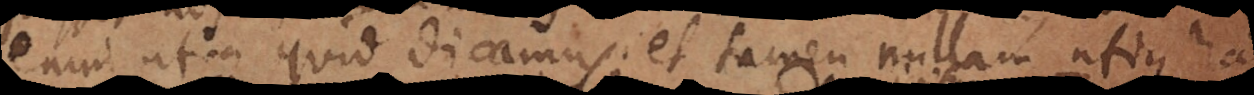
enim utique quid dicamus, et tamen nullam utique ha